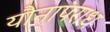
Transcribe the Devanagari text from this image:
यौनापराध